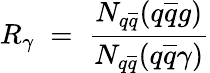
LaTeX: R_{\gamma}\; =\; \frac{N_{q\overline{{{q}}}}(q\overline{{{q}}}g)}{N_{q\overline{{{q}}}}(q\overline{{{q}}}\gamma)}